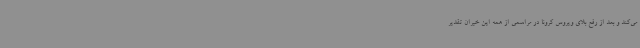
می‌کند و بعد از رفع بلای ویروس کرونا در مراسمی از همه این خیران تقدیر